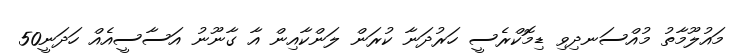
މައުލޫމާތު މުއްސަނދިވި ޑިމޮކްރެސީ ހަރުދަނާ ކުރަން ލަންކާއިން އާ ގާނޫނު އަސާސީއެއް ހަދަނީ50